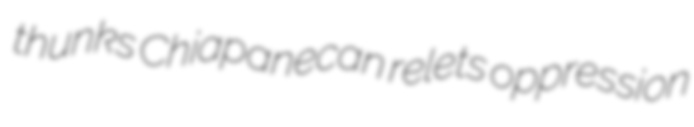
thunks Chiapanecan relets oppression